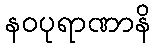
နဝပုရာဏာနိ